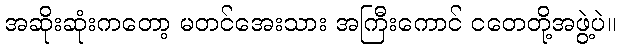
အဆိုးဆုံးကတော့ မတင်အေးသား အကြီးကောင် ငတေတို့အဖွဲ့ပဲ။